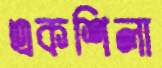
একশিলা